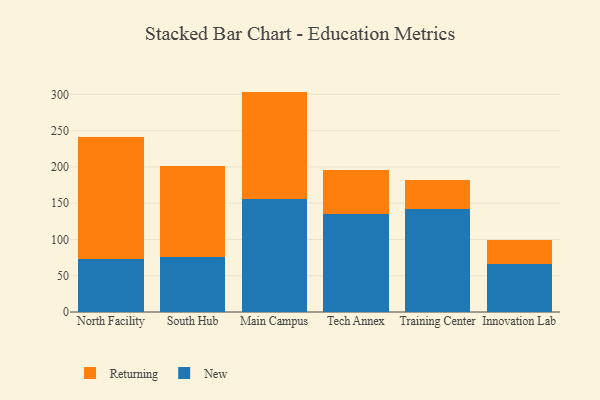
{"axis": {"x": "Campus", "y": "Gross Profit (USD K)"}, "legend": ["New", "Returning"], "data": [{"x": "North Facility", "y": 72.8, "type": "New"}, {"x": "North Facility", "y": 169.0, "type": "Returning"}, {"x": "South Hub", "y": 75.3, "type": "New"}, {"x": "South Hub", "y": 125.9, "type": "Returning"}, {"x": "Main Campus", "y": 155.2, "type": "New"}, {"x": "Main Campus", "y": 148.6, "type": "Returning"}, {"x": "Tech Annex", "y": 135.2, "type": "New"}, {"x": "Tech Annex", "y": 60.0, "type": "Returning"}, {"x": "Training Center", "y": 141.8, "type": "New"}, {"x": "Training Center", "y": 39.7, "type": "Returning"}, {"x": "Innovation Lab", "y": 66.6, "type": "New"}, {"x": "Innovation Lab", "y": 32.1, "type": "Returning"}]}